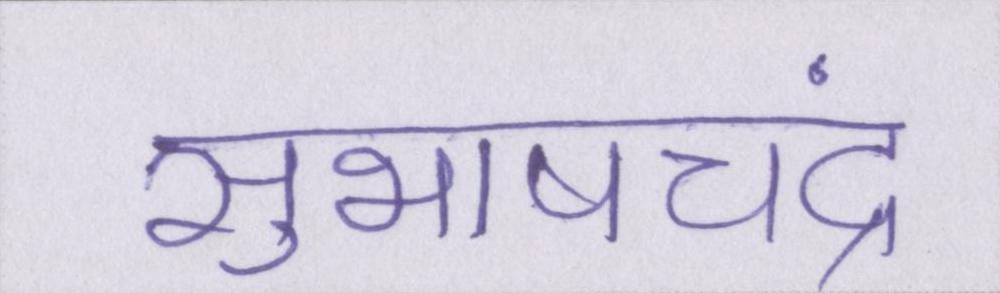
सुभाषचंद्र